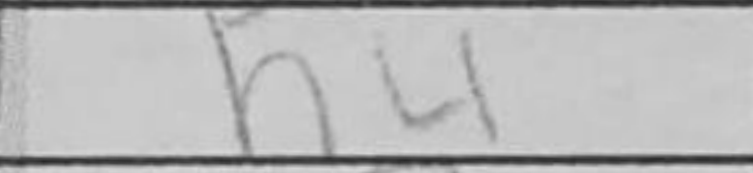
Transcription: h4